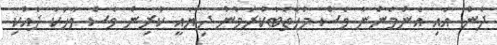
ދެން އައި އެންމެންނާ ވެސް މުހާތަބުކުރަމުން ދިޔައީ ކުރިން ވެސް ވާހަކަ ދެއްކި